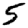
Digit: 5